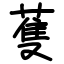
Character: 蒦